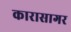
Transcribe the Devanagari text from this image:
कारासागर